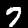
Label: 7